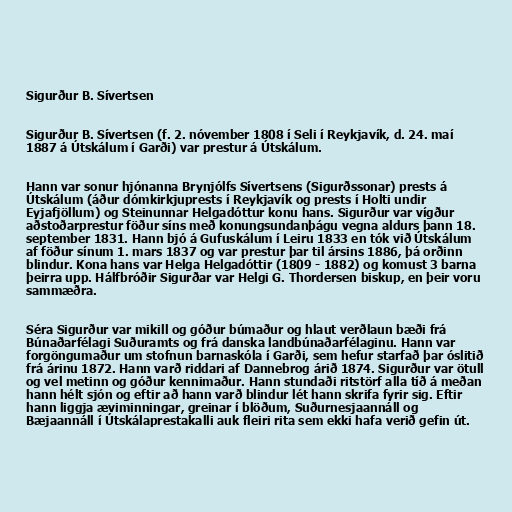
Sigurður B. Sívertsen

Sigurður B. Sívertsen (f. 2. nóvember 1808 í Seli í Reykjavík, d. 24. maí
1887 á Útskálum í Garði) var prestur á Útskálum.

Hann var sonur hjónanna Brynjólfs Sívertsens (Sigurðssonar) prests á
Útskálum (áður dómkirkjuprests í Reykjavík og prests í Holti undir
Eyjafjöllum) og Steinunnar Helgadóttur konu hans. Sigurður var vígður
aðstoðarprestur föður síns með konungsundanþágu vegna aldurs þann 18.
september 1831. Hann bjó á Gufuskálum í Leiru 1833 en tók við Útskálum
af föður sínum 1. mars 1837 og var prestur þar til ársins 1886, þá orðinn
blindur. Kona hans var Helga Helgadóttir (1809 - 1882) og komust 3 barna
þeirra upp. Hálfbróðir Sigurðar var Helgi G. Thordersen biskup, en þeir voru
sammæðra.

Séra Sigurður var mikill og góður búmaður og hlaut verðlaun bæði frá
Búnaðarfélagi Suðuramts og frá danska landbúnaðarfélaginu. Hann var
forgöngumaður um stofnun barnaskóla í Garði, sem hefur starfað þar óslitið
frá árinu 1872. Hann varð riddari af Dannebrog árið 1874. Sigurður var ötull
og vel metinn og góður kennimaður. Hann stundaði ritstörf alla tíð á meðan
hann hélt sjón og eftir að hann varð blindur lét hann skrifa fyrir sig. Eftir
hann liggja æviminningar, greinar í blöðum, Suðurnesjaannáll og
Bæjaannáll í Útskálaprestakalli auk fleiri rita sem ekki hafa verið gefin út.